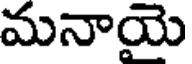
మనాయె